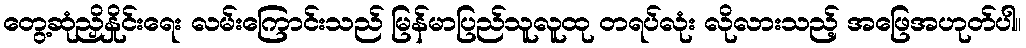
တွေ့ဆုံညှိနှိုင်းရေး လမ်းကြောင်းသည် မြန်မာပြည်သူလူထု တရပ်လုံး လိုလားသည့် အဖြေအဟုတ်ပါ။